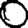
Digit: 0